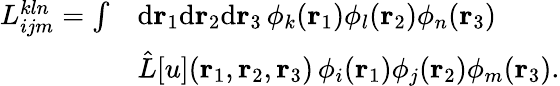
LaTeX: \begin{array}{rl}{{L}_{ijm}^{kln}=\int}&{\mathrm{d}{\mathbf{r}_{1}}\mathrm{d}{\mathbf{r}_{2}}\mathrm{d}{\mathbf{r}_{3}}\, \phi_{k}({\mathbf{r}_{1}})\phi_{l}({\mathbf{r}_{2}})\phi_{n}({\mathbf{r}_{3}})}\\ &{\hat{L}[u]({\mathbf{r}_{1}},{\mathbf{r}_{2}},{\mathbf{r}_{3}})\, \phi_{i}({\mathbf{r}_{1}})\phi_{j}({\mathbf{r}_{2}})\phi_{m}({\mathbf{r}_{3}}).}\end{array}